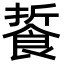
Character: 䭁